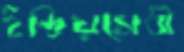
ইন্দ্রিয়সেবী